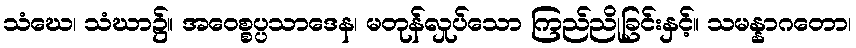
သံဃေ၊ သံဃာ၌။ အဝေစ္စပ္ပသာဒေန၊ မတုန်လှုပ်သော ကြည်ညိုခြင်းနှင့်။ သမန္နာဂတော၊